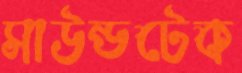
সাউন্ডটেক